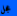
عجل